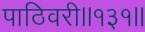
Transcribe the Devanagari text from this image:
पाठिवरी॥१३१॥